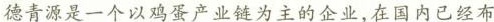
德青源是一个以鸡蛋产业链为主的企业，在国内已经布